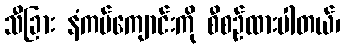
သီခြား နံကပ်ကျောင်းကို စီစဉ်ထားပါတယ်၊